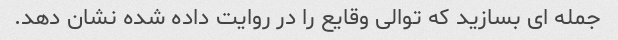
جمله ای بسازید که توالی وقایع را در روایت داده شده نشان دهد.